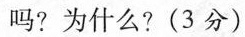
吗?为什么?(3分)